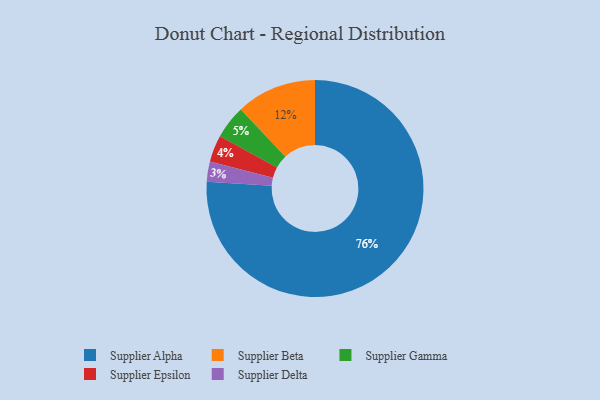
{"axis": {"x": "Category", "y": "Percentage"}, "legend": ["Supplier Alpha", "Supplier Beta", "Supplier Delta", "Supplier Epsilon", "Supplier Gamma"], "data": [{"x": "Supplier Beta", "y": 12, "type": "Supplier Beta"}, {"x": "Supplier Epsilon", "y": 4, "type": "Supplier Epsilon"}, {"x": "Supplier Gamma", "y": 5, "type": "Supplier Gamma"}, {"x": "Supplier Delta", "y": 3, "type": "Supplier Delta"}, {"x": "Supplier Alpha", "y": 76, "type": "Supplier Alpha"}]}